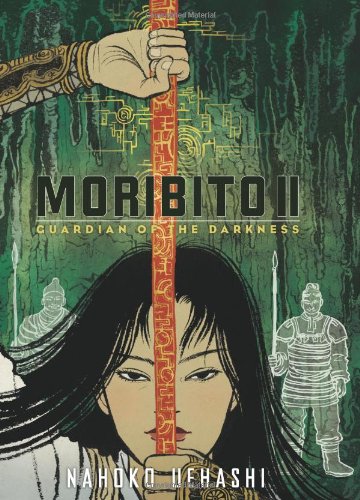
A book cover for Moribito II: Guardian of the Darkness; Nahoko Uehashi; Teen & Young Adult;